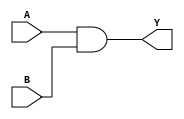
module and2(Y, A, B);
	input A, B;
	output Y;
	and (Y, A, B);
endmodule